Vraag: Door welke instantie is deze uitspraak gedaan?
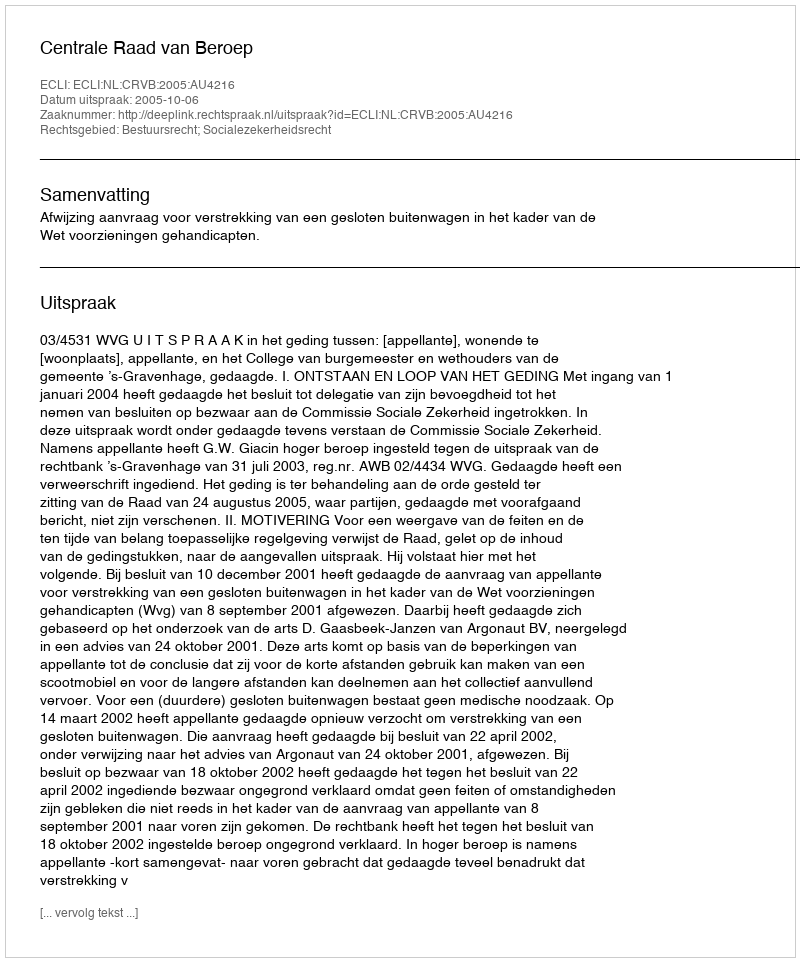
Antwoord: Centrale Raad van Beroep